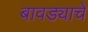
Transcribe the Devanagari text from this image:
बावड्याचे